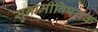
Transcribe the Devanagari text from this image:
सुनामीविषयक